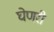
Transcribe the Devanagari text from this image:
घेणरी